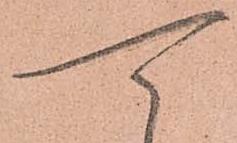
可